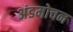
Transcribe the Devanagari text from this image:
अंडमोचन